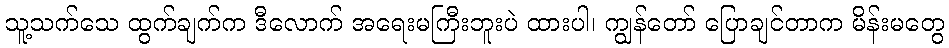
သူ့သက်သေ ထွက်ချက်က ဒီလောက် အရေးမကြီးဘူးပဲ ထားပါ၊ ကျွန်တော် ပြောချင်တာက မိန်းမတွေ